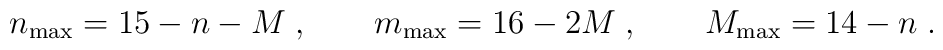
n_{\rm max} = 15-n-M\; ,\qquad m_{\rm max} = 16-2M\; ,\qquad M_{\rm max} = 14-n\; .